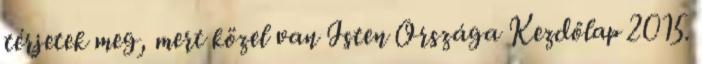
térjetek meg, mert közel van Isten Országa Kezdőlap 2015.